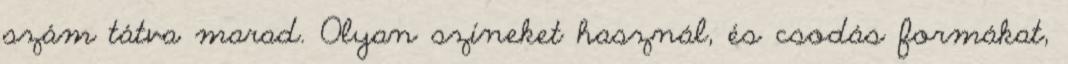
szám tátva marad. Olyan színeket használ, és csodás formákat,